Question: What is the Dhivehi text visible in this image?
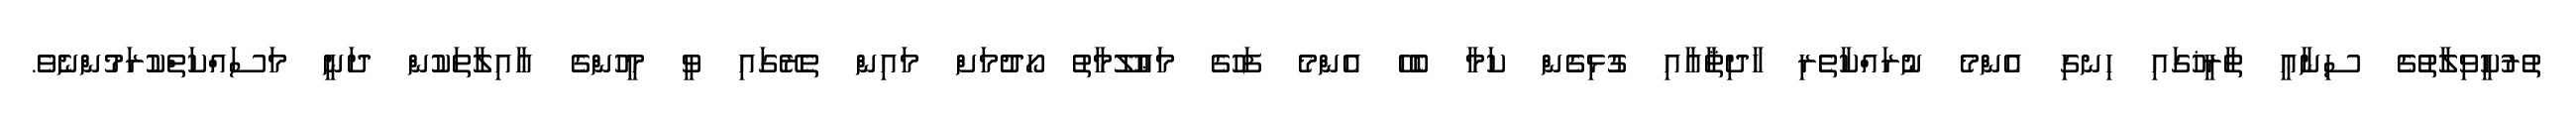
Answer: ތުރުކީވިލާތުގެ ސިނާޢީ ތާރީޚުގައި ހިނގި އެންމެ ނުރައްކާތެރި ހާދިޘާއާއި ގުޅިގެން ކަމާ ބެހޭ އެންމެ ފަހުގެ މަޢުލޫމާތު ހޯދުމަށް މައިން ތެރޭގައި ވީ މީހުންގެ ޢާއިލާތަކުން ދަނީ މަސައްކަތްކުރަމުންނެވެ.